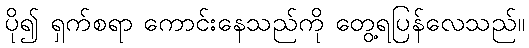
ပို၍ ရှက်စရာ ကောင်းနေသည်ကို တွေ့ရပြန်လေသည်။